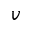
v